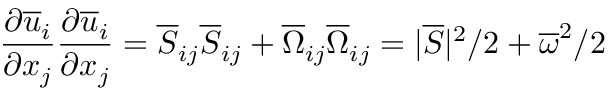
\frac { \partial \overline { { u } } _ { i } } { \partial x _ { j } } \frac { \partial \overline { { u } } _ { i } } { \partial x _ { j } } = \overline { { S } } _ { i j } \overline { { S } } _ { i j } + \overline { { \Omega } } _ { i j } \overline { { \Omega } } _ { i j } = | \overline { { S } } | ^ { 2 } / 2 + \overline { { \omega } } ^ { 2 } / 2